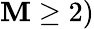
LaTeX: \mathbf{M}\ge2)